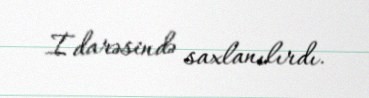
İdarəsində saxlanılırdı.